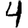
Digit: 4